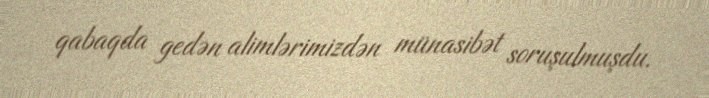
qabaqda gedən alimlərimizdən münasibət soruşulmuşdu.